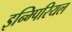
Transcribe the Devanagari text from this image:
इन्म्पिरियल